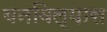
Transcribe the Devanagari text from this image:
बनविल्यास